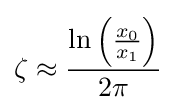
\zeta \approx {\frac {\ln \left({\frac {x_{0}}{x_{1}}}\right)}{2\pi }}